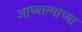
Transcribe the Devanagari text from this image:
आध्यात्माच्या